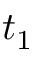
t _ { 1 }